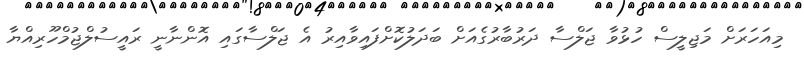
މިއަހަރަށް މަޖިލީސް ހުޅުވާ ޖަލްސާ ދަރުބާރުގެއަށް ބަދަލުކޮށްފައިވާއިރު އެ ޖަލްސާގައި އޮންނާނީ ރައީސުލްޖުމްހޫރިއްޔާ